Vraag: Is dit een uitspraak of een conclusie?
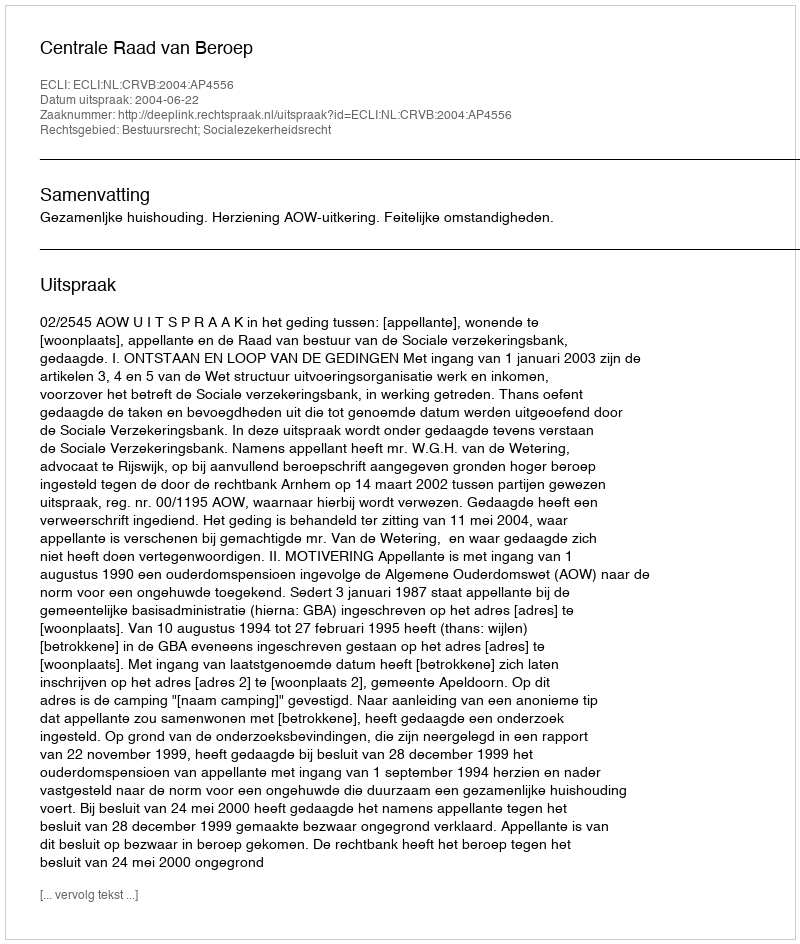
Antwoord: Uitspraak